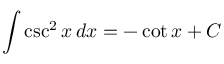
\int \csc ^ { 2 } x \, d x = - \cot x + C